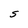
Character: S